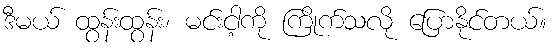
ဒီမယ် ထွန်းထွန်း၊ မင်းငါ့ကို ကြိုက်သလို ပြောနိုင်တယ်။